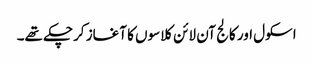
اسکول اور کالج آن لائن کلاسوں کا آغاز کرچکے تھے۔